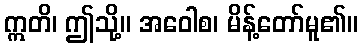
ဣတိ၊ ဤသို့။ အဝေါစ၊ မိန့်တော်မူ၏။